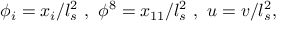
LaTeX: \phi _ { i } = x _ { i } / l _ { s } ^ { 2 } ~ , ~ \phi ^ { 8 } = x _ { 1 1 } / l _ { s } ^ { 2 } ~ , ~ u = v / l _ { s } ^ { 2 } ,